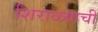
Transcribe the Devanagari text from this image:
शिराळ्याची